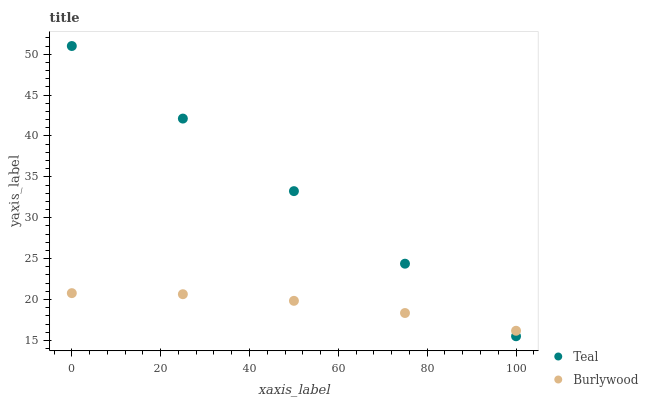
| xaxis_label | Teal | Burlywood |
 | --- | --- | --- |
 | 0 | 51 | 20.8 |
 | 25 | 42.1 | 20.6 |
 | 50 | 33.3 | 19.8 |
 | 75 | 24.4 | 18.3 |
 | 100 | 15.5 | 16.2 |